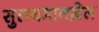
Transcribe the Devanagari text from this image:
सुलयमानख़ेल